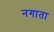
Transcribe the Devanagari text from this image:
नगाता